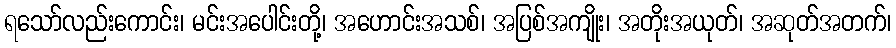
ရသော်လည်းကောင်း၊ မင်းအပေါင်းတို့၊ အဟောင်းအသစ်၊ အပြစ်အကျိုး၊ အတိုးအယုတ်၊ အဆုတ်အတက်၊